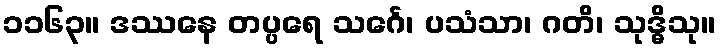
၁၁၆၃။ ဒဿနေ တပ္ပရေ သင်္ဂေ၊ ပသံသာ၊ ဂတိ၊ သုဒ္ဓိသု။